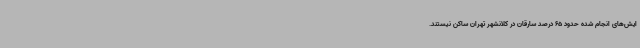
ایش‌های انجام شده حدود 65 درصد سارقان در کلانشهر تهران ساکن نیستند.